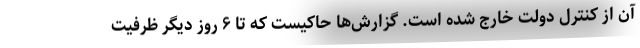
آن از کنترل دولت خارج شده است. گزارش‌ها حاکیست که تا ۶ روز دیگر ظرفیت